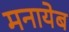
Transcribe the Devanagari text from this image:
मनायेब